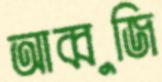
আব্বুজি